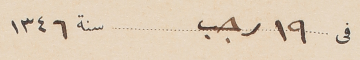
فى ١٩ رجب			سنة ١٣٤٦